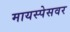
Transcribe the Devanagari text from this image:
मायस्पेसवर